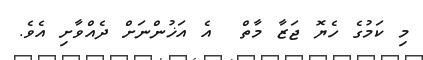
މި ކަމުގެ ހެޔޮ ޖަޒާ މާތް  އެ އަޚުންނަށް ދެއްވާށި އެވެ.